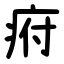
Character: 㾈